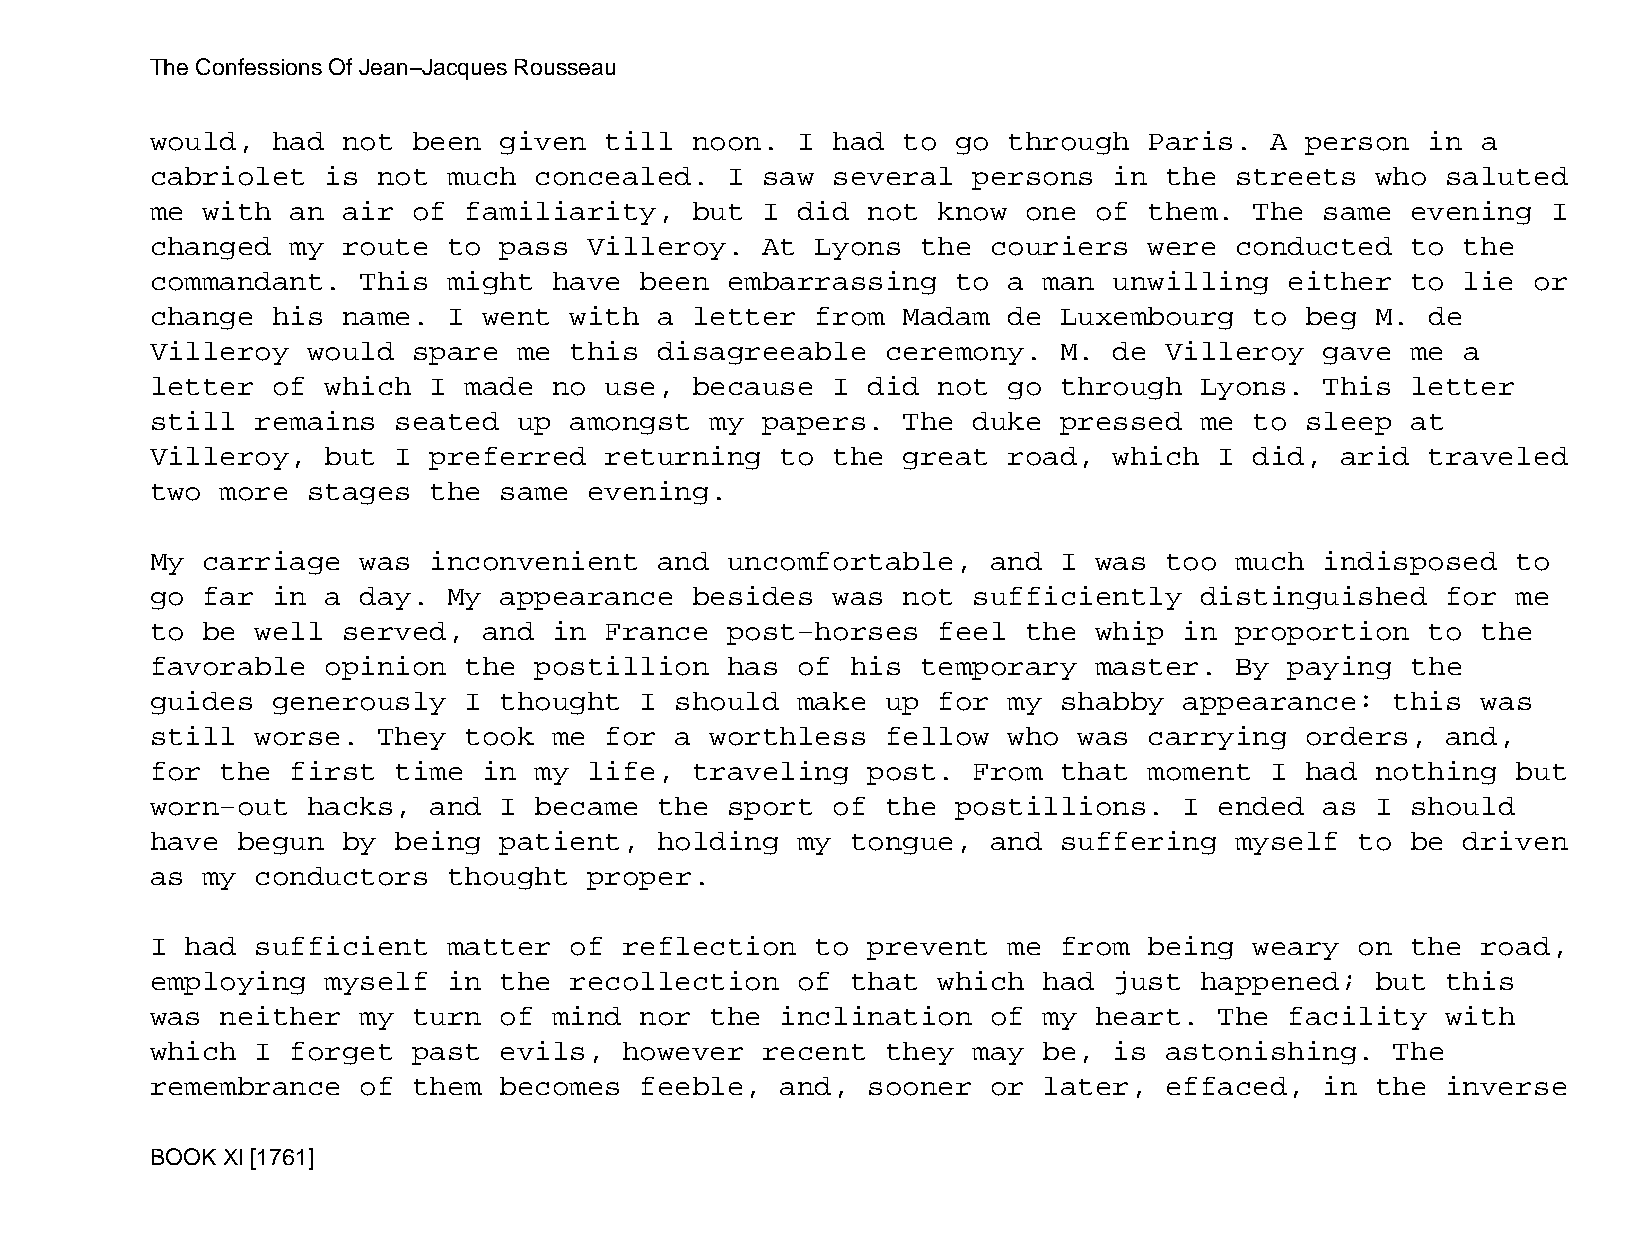
The Confessions Of Jean−Jacques Rousseau
 would,  had  not been  given  till  noon.  I had  to go  through  Paris.  A person   in a
 cabriolet   is not  much concealed.   I saw  several  persons   in the  streets  who  saluted
 me with  an  air of  familiarity,   but I  did not  know  one of  them.  The  same evening   I
 changed  my  route  to pass  Villeroy.  At  Lyons  the  couriers  were  conducted  to  the
 commandant.   This  might  have been  embarrassing   to  a man  unwilling  either  to  lie or
 change  his  name.  I went  with  a letter  from  Madam  de Luxembourg   to beg  M.  de
 Villeroy  would  spare  me  this  disagreeable   ceremony.  M.  de Villeroy   gave me  a
 letter  of  which I  made  no use,  because  I did  not  go through  Lyons.   This letter
 still  remains  seated  up  amongst  my papers.   The duke  pressed  me  to sleep  at
 Villeroy,   but I preferred   returning   to the  great  road,  which  I did,  arid  traveled
 two  more stages  the  same  evening.
 My carriage   was inconvenient    and uncomfortable,    and I was  too  much  indisposed  to
 go far  in  a day.  My appearance   besides  was  not sufficiently   distinguished    for me
 to be  well  served,  and  in France  post−horses   feel  the whip  in  proportion   to the
 favorable   opinion  the postillion   has  of his  temporary  master.   By paying  the
 guides  generously   I thought  I  should  make  up for  my shabby  appearance:   this  was
 still  worse.  They  took  me for  a worthless   fellow  who was  carrying  orders,   and,
 for  the first  time  in my  life,  traveling  post.  From  that  moment  I had  nothing  but
 worn−out  hacks,  and  I became   the sport  of  the postillions.   I  ended  as I should
 have  begun  by being  patient,   holding  my tongue,   and suffering   myself  to be  driven
 as my  conductors   thought  proper.
 I had  sufficient   matter  of reflection   to prevent   me from  being  weary  on the  road,
 employing   myself  in the  recollection   of that  which  had  just happened;   but  this
 was  neither  my turn  of  mind nor  the  inclination   of my heart.   The facility   with
 which  I forget  past  evils,  however  recent   they may  be,  is astonishing.   The
 remembrance   of them  becomes  feeble,   and, sooner   or later,  effaced,   in the  inverse
 BOOK XI [1761]